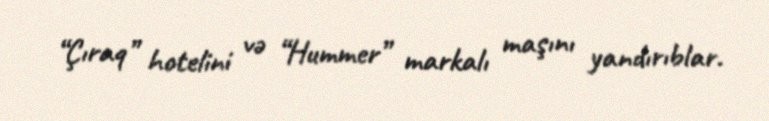
“Çıraq” hotelini və “Hummer” markalı maşını yandırıblar.